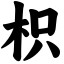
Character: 枳